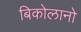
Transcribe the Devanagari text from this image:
बिकोलानो